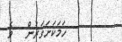
ހަމަކަށަވަރުން  ވެ